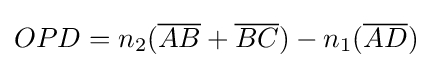
OPD=n_{2}({\overline {AB}}+{\overline {BC}})-n_{1}({\overline {AD}})